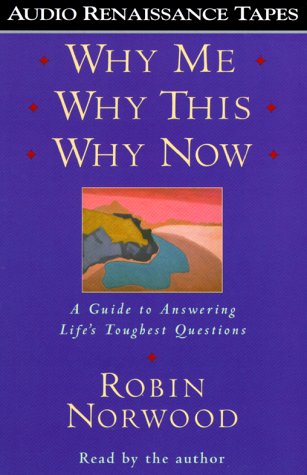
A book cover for Why Me, Why This, Why Now; Robin Norwood; Self-Help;